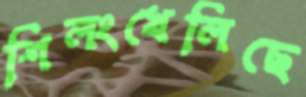
শিলংখেলিছে